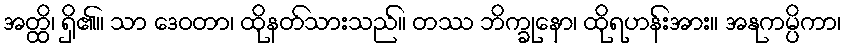
အတ္ထိ၊ ရှိ၏။ သာ ဒေဝတာ၊ ထိုနတ်သားသည်။ တဿ ဘိက္ခုနော၊ ထိုရဟန်းအား။ အနုကမ္ပိကာ၊